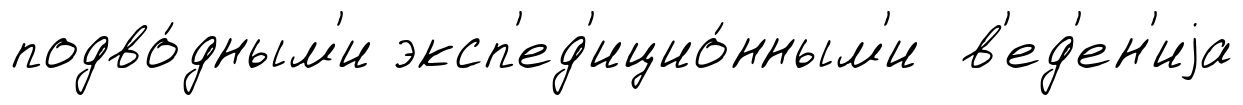
подво́дным'и эксп'ед'ицио́нным'и в'ед'ен'иjа